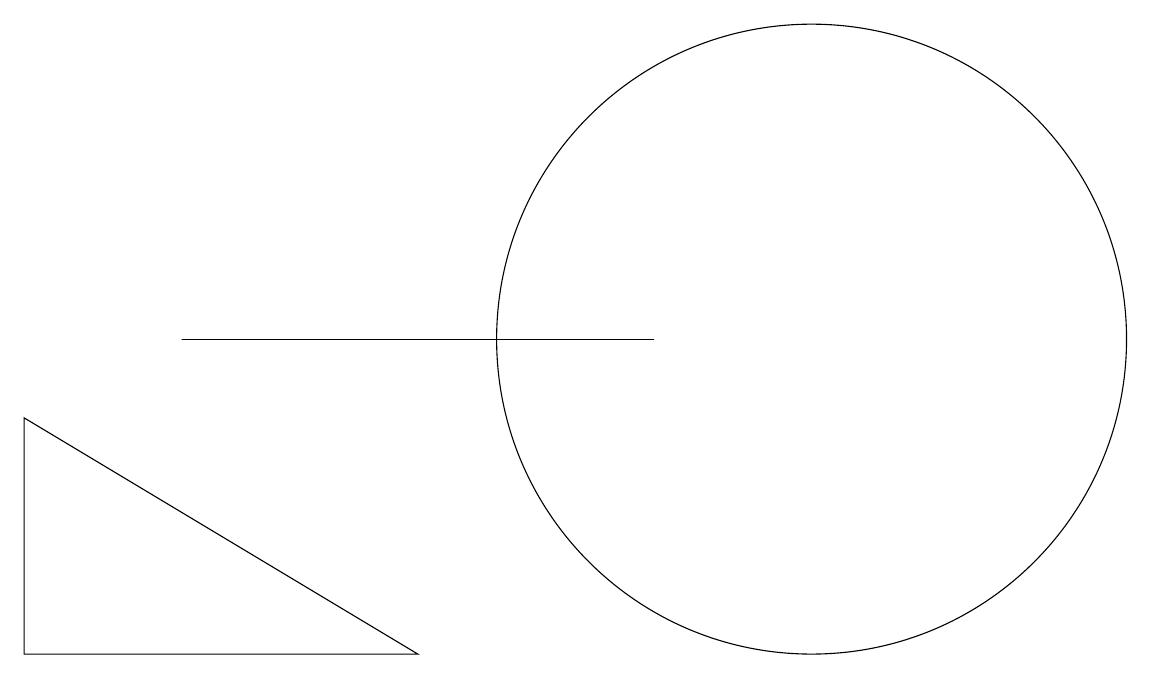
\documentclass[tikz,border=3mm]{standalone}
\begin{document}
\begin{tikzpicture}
\draw (10,10) circle (4);
\draw (8,10) rectangle (2,10);
\draw (5,6) -- (0,9) -- (0,6) -- cycle;
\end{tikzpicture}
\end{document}